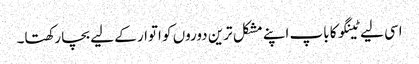
اسی لیے ٹینگو کا باپ اپنے مشکل ترین دوروں کو اتوار کے لیے بچا رکھتا۔